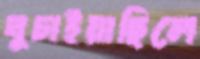
ঘুচাইয়াছিলে